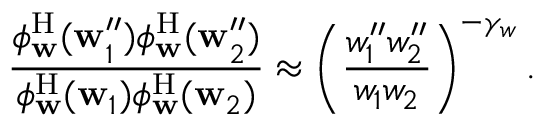
\frac { \phi _ { \mathbf { w } } ^ { \mathrm { H } } ( \mathbf { w } _ { 1 } ^ { \prime \prime } ) \phi _ { \mathbf { w } } ^ { \mathrm { H } } ( \mathbf { w } _ { 2 } ^ { \prime \prime } ) } { \phi _ { \mathbf { w } } ^ { \mathrm { H } } ( \mathbf { w } _ { 1 } ) \phi _ { \mathbf { w } } ^ { \mathrm { H } } ( \mathbf { w } _ { 2 } ) } \approx \left( \frac { w _ { 1 } ^ { \prime \prime } w _ { 2 } ^ { \prime \prime } } { w _ { 1 } w _ { 2 } } \right) ^ { - \gamma _ { w } } .